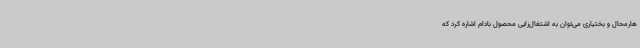
هارمحال و بختیاری می‌توان به اشتغال‌زایی محصول بادام اشاره کرد که